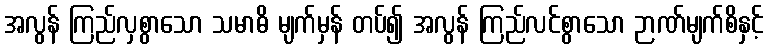
အလွန် ကြည်လှစွာသော သမာဓိ မျက်မှန် တပ်၍ အလွန် ကြည်လင်စွာသော ဉာဏ်မျက်စိနှင့်